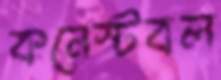
কনেস্টবল